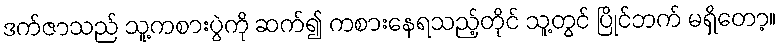
ဒက်ဇာသည် သူ့ကစားပွဲကို ဆက်၍ ကစားနေရသည့်တိုင် သူ့တွင် ပြိုင်ဘက် မရှိတော့။